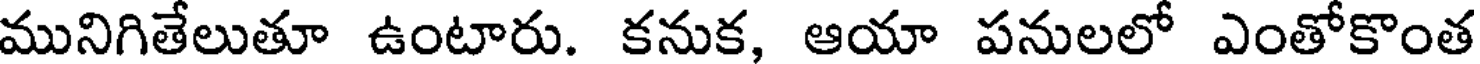
మునిగితేలుతూ ఉంటారు. కనుక, ఆయా పనులలో ఎంతోకొంత